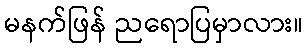
မနက်ဖြန် ညရောပြမှာလား။